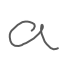
Text: a
Cross-out: clean
Writing tool: digital_gray